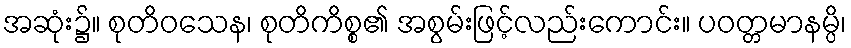
အဆုံး၌။ စုတိဝသေန၊ စုတိကိစ္စ၏ အစွမ်းဖြင့်လည်းကောင်း။ ပဝတ္တမာနမ္ပိ၊